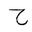
Letter: _ha